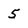
Character: 5